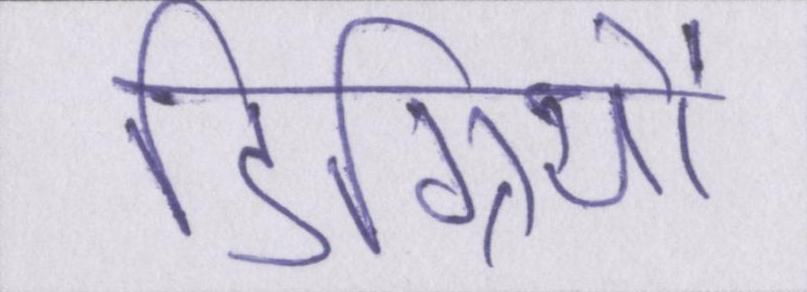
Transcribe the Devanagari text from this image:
डिग्रियों